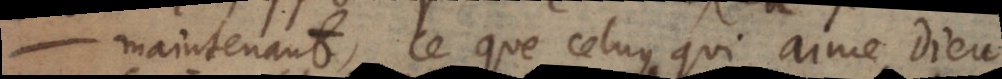
maintenant, ce que celuy qui aime Dieu